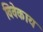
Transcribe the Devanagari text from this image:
विवेकाय